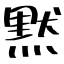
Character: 黙